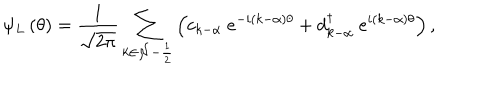
\psi _ { L } \left( \theta \right) = \frac 1 { \sqrt { 2 \pi } } \sum _ { k \in { \cal N - } \frac 1 2 } \left( c _ { k - \alpha } \ e ^ { - i ( k - \alpha ) \theta } + d _ { k - \alpha } ^ { \dagger } \ e ^ { i ( k - \alpha ) \theta } \right) ,